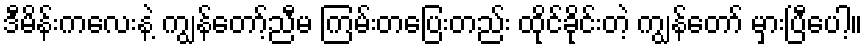
ဒီမိန်းကလေးနဲ့ ကျွန်တော့်ညီမ ကြမ်းတပြေးတည်း ထိုင်ခိုင်းတဲ့ ကျွန်တော် မှားပြီပေါ့။